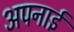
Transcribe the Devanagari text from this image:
अपनाईं